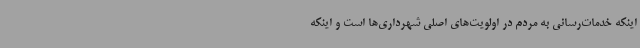
اینکه خدمات‌رسانی به مردم در اولویت‌های اصلی شهرداری‌ها است و اینکه